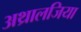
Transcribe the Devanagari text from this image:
अथ्रालजिया